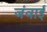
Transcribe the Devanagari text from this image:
जंवाई